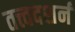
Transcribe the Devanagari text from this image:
तत्त्वदशर्न